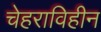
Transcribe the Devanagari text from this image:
चेहराविहीन